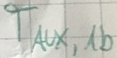
Text: TAUX,1B